Annual report of the Imperial Bacteriologist
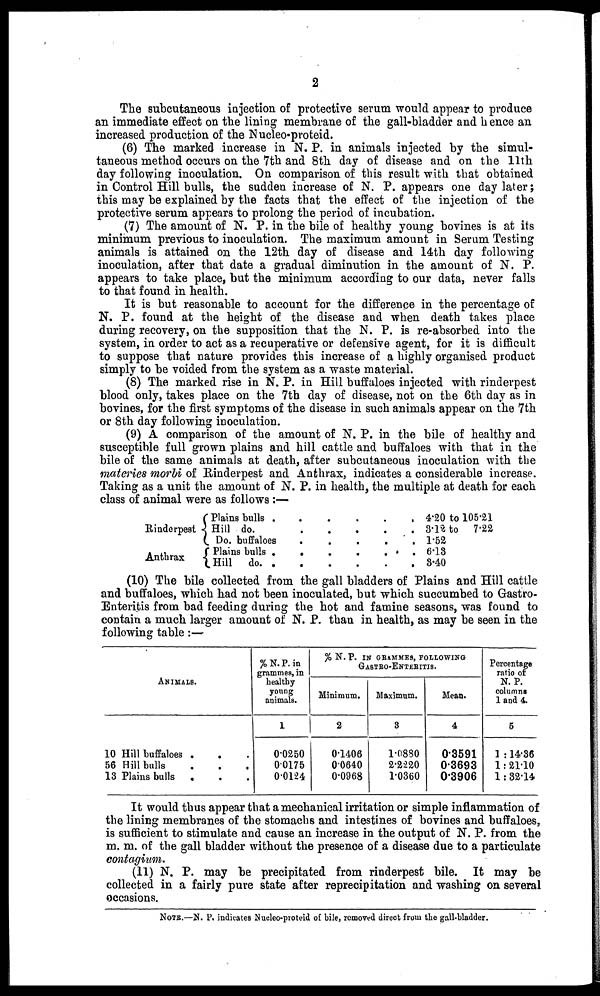
2
The subcutaneous injection of protective serum would appear to produce
an immediate effect on the lining membrane of the gall-bladder and hence an
increased production of the Nucleo-proteid.
(6) The marked increase in N. P. in animals injected by the simul-
taneous method occurs on the 7th and 8th day of disease and on the 11th
day following inoculation. On comparison of this result with that obtained
in Control Hill bulls, the sudden increase of N. P. appears one day later ;
this may be explained by the facts that the effect of the injection of the
protective serum appears to prolong the period of incubation.
(7) The amount of N. P. in the bile of healthy young bovines is at its
minimum previous to inoculation. The maximum amount in Serum Testing
animals is attained on the 12th day of disease and 14th day following
inoculation, after that date a gradual diminution in the amount of N. P.
appears to take place, but the minimum according to our data, never falls
to that found in health.
It is but reasonable to account for the difference in the percentage of
N. P. found at the height of the disease and when death takes place
during recovery, on the supposition that the N. P. is re-absorbed into the
system, in order to act as a recuperative or defensive agent, for it is difficult
to suppose that nature provides this increase of a highly organised product
simply to be voided from the system as a waste material.
(8) The marked rise in N. P. in Hill buffaloes injected with rinderpest
blood only, takes place on the 7th day of disease, not on the 6th day as in
bovines, for the first symptoms of the disease in such animals appear on the 7th
or 8th day following inoculation.
(9) A comparison of the amount of N. P. in the bile of healthy and
susceptible full grown plains and hill cattle and buffaloes with that in the
bile of the same animals at death, after subcutaneous inoculation with the
materies morbi of Rinderpest and Anthrax, indicates a considerable increase.
Taking as a unit the amount of N. P. in health, the multiple at death for each
class of animal were as follows :—
Rinderpest
Anthrax
Plains bulls
{ Hill do.
.
.
Do. buffaloes
{ Plains bulls
Hill do.
.
.
.
.
.
.
.
.
.
.
.
.
.
.
.
.
.
.
.
.
.
.
.
.
.
.
.
4.20 to 105.21
3.12 to
7.22
1.52
6.13
3.40
(10) The bile collected from the gall bladders of Plains and Hill cattle
and buffaloes, which had not been inoculated, but which succumbed to Gastro-
Enteritis from bad feeding during the hot and famine seasons, was found to
contain a much larger amount of N. P. than in health, as may be seen in the
following table :—
ANIMALS.
10 Hill buffaloes . . .
56 Hill bulls . . .
13 Plains bulls
. . .
%N.P.in
grammes, in
healthy
young
animals.
1
0.0250
0.0175
0.0124
% N. P. IN GRAMMES, FOLLOWING
GASTRO-ENTERITIS.
Minimum.
2
0.1406
0.0640
0.0968
Maximum.
3
1.0880
2.2220
1.0360
Mean.
4
0.3591
0.3693
0.3906
Percentage
ratio of
N. P.
columns
1 and 4.
5
1 : 14.36
1 : 21.10
1 : 32.14
It would thus appear that a mechanical irritation or simple inflammation of
the lining membranes of the stomachs and intestines of bovines and buffaloes,
is sufficient to stimulate and cause an increase in the output of N. P. from the
m. m. of the gall bladder without the presence of a disease due to a particulate
contagium.
(11) N. P. may be precipitated from rinderpest bile. It may be
collected in a fairly pure state after reprecipitation and washing on several
occasions.
NOTE.—N. P. indicates Nucleo-proteid of bile, removed direct from the gall-bladder.